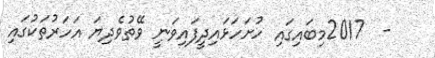
-  2017މިބައިގައި ހުށަހަޅައިދީފައިވަނީ ވޭތުވެދިޔަ އަހަރުތަކުގައި